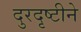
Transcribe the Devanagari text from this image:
दुरदृष्टीने